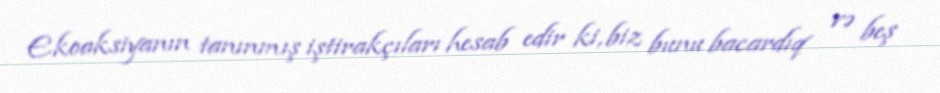
Ekoaksiyanın tanınmış iştirakçıları hesab edir ki, biz bunu bacardıq və beş